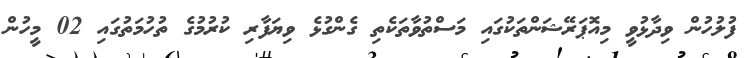
ފުލުހުން ވިދާޅުވީ މިއޮޕަރޭޝަންތަކުގައި މަސްތުވާތަކެތި ގެންގުޅެ ވިޔަފާރި ކުރުމުގެ ތުހުމަތުގައި 02 މީހުން